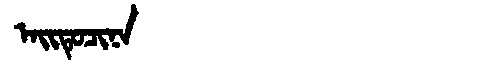
Manchu: ᠠᡳᡨᡠᠴᡳᠨᠠ
Romanization: AITUCINA